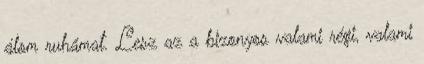
álom ruhámat. Lesz az a bizonyos valami régi, valami